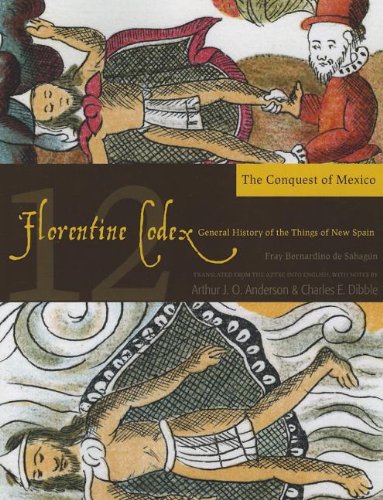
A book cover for Florentine Codex: Book 12: Book 12: The Conquest of Mexico (Florentine Codex: General History of the Things of New Spain); Bernardino de Sahagun; History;